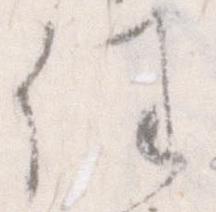
任